Vaccination North-Western Provinces 1866-1877 - 1866-1877
Year: 1866
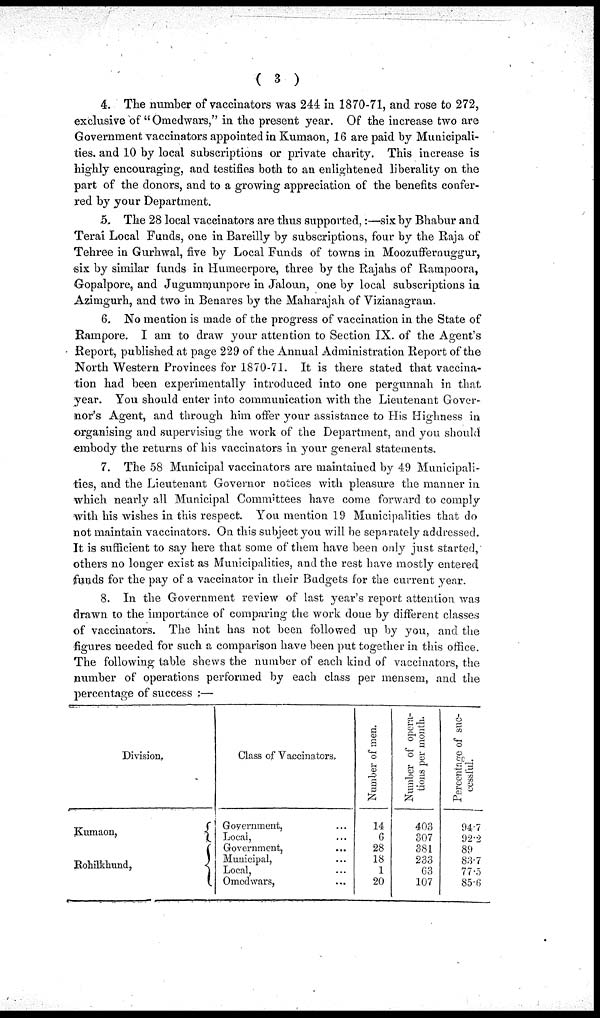
( 3 )
4. The number of vaccinators was 244 in 1870-71, and rose to 272,
exclusive of " Omedwars," in the present year. Of the increase two are
Government vaccinators appointed in Kumaon, 16 are paid by Municipali-
ties, and 10 by local subscriptions or private charity. This increase is
highly encouraging, and testifies both to an enlightened liberality on the
part of the donors, and to a growing appreciation of the benefits confer-
red by your Department.
5. The 28 local vaccinators are thus supported,:—six by Bhabur and
Terai Local Funds, one in Bareilly by subscriptions, four by the Raja of
Tehree in Gurhwal, five by Local Funds of towns in Moozuffernuggur,
six by similar funds in Humeerpore, three by the Rajahs of Rampoora,
Gopalpore, and Jugummunpore in Jaloun, one by local subscriptions in
Azimgurh, and two in Benares by the Maharajah of Vizianagram.
6. No mention is made of the progress of vaccination in the State of
Rampore. I am to draw your attention to Section IX. of the Agent's
Report, published at page 229 of the Annual Administration Report of the
North Western Provinces for 1870-71. It is there stated that vaccina-
tion had been experimentally introduced into one pergunnah in that
year. You should enter into communication with the Lieutenant Gover-
nor's Agent, and through him offer your assistance to His Highness in
organising and supervising the work of the Department, and you should
embody the returns of his vaccinators in your general statements.
7. The 58 Municipal vaccinators are maintained by 49 Municipali-
ties, and the Lieutenant Governor notices with pleasure the manner in
which nearly all Municipal Committees have come forward to comply
with his wishes in this respect. You mention 19 Municipalities that do
not maintain vaccinators. On this subject you will be separately addressed.
It is sufficient to say here that some of them have been only just started,
others no longer exist as Municipalities, and the rest have mostly entered
funds for the pay of a vaccinator in their Budgets for the current year.
8. In the Government review of last year's report attention was
drawn to the importance of comparing the work done by different classes
of vaccinators. The hint has not been followed up by you, and the
figures needed for such a comparison have been put together in this office.
The following table shews the number of each kind of vaccinators, the
number of operations performed by each class per mensem, and the
percentage of success :—
Division.
Kumaon,
Rohilkhund,
Class of Vaccinators,
Government, ...
Local, ...
Government, ...
Municipal, ...
Local, ...
Omedwars, ...
Number of men.
14
6
28
18
1
20
Number of opera-
tions per month.
403
307
381
233
63
107
Percentage of suc-
cessful.
94.7
92.2
89
83.7
77.5
85.6